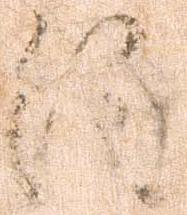
注